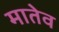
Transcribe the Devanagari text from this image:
मातेव